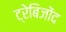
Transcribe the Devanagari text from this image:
ट्रेबिजोंद